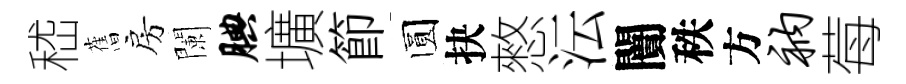
嵇𦾔房闌腆壙節圆抉憗沄闠秩方衲莓